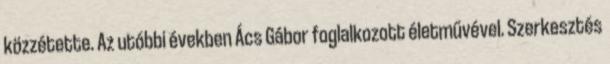
közzétette. Az utóbbi években Ács Gábor foglalkozott életművével. Szerkesztés